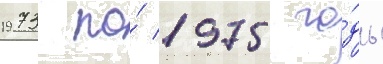
1973 по́ 1975 го́ды